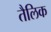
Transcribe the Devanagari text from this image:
तैलिक